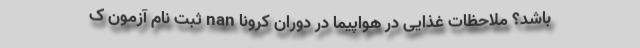
باشد؟ ملاحظات غذایی در هواپیما در دوران کرونا nan ثبت نام آزمون ک